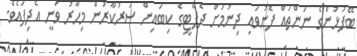
ބޭފުޅުންގެ ނަންތައް ފޮނުވައި ދިނުމަށް ދެޕާޓީގެ ކިބައިން ސަރުކާރުން މިހާރު ވަނީ އެދިފައެވެ.